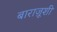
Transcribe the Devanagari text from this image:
बाराज़ूशी